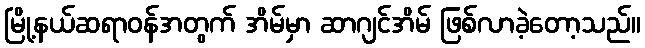
မြို့နယ်ဆရာဝန်အတွက် အိမ်မှာ ဆာဂျင်အိမ် ဖြစ်လာခဲ့တော့သည်။